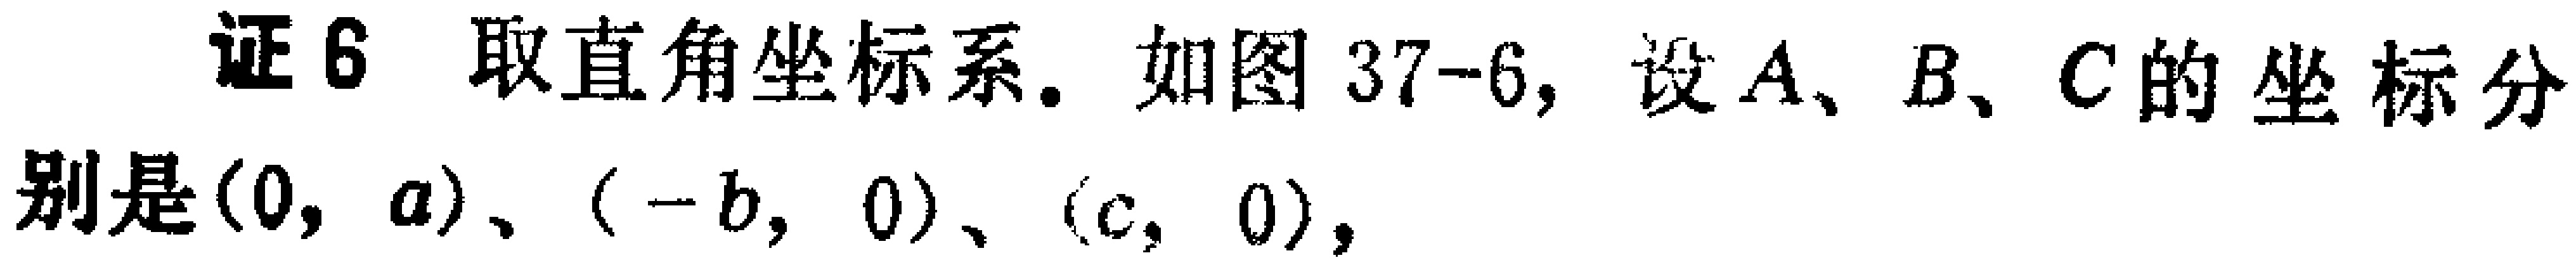
证6 取直角坐标系. 如图37-6, 设\(A\)、\(B\)、\(C\)的坐标分别是\((0,a)\)、\((-b,0)\)、\((c,0)\)，